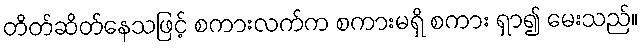
တိတ်ဆိတ်နေသဖြင့် စကားလက်က စကားမရှိ စကား ရှာ၍ မေးသည်။